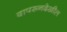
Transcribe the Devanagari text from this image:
वापरूनदेखील